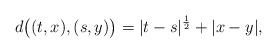
LaTeX: \begin{align*}d\big((t,x), (s,y)\big)=|t-s|^{\frac{1}{2}}+|x-y|,\end{align*}